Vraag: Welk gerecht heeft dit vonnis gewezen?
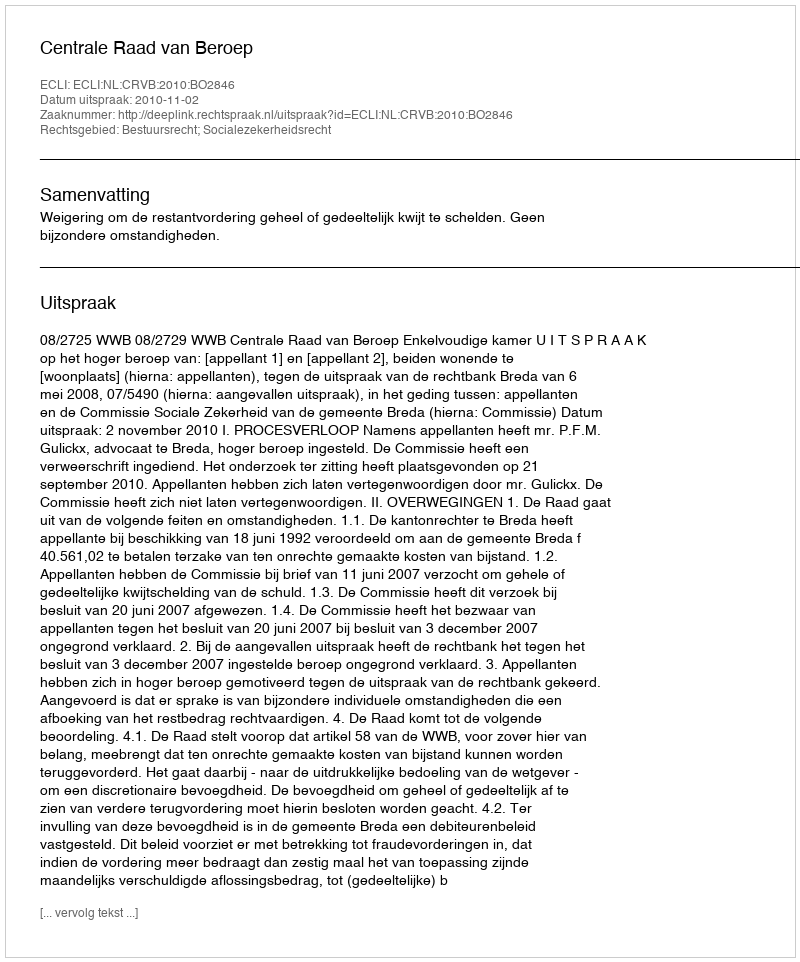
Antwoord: Centrale Raad van Beroep